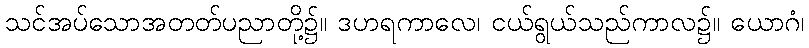
သင်အပ်သောအတတ်ပညာတို့၌။ ဒဟရကာလေ၊ ငယ်ရွယ်သည်ကာလ၌။ ယောဂံ၊